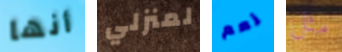
أنها لمنزلي نعم مثل